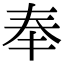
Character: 奉